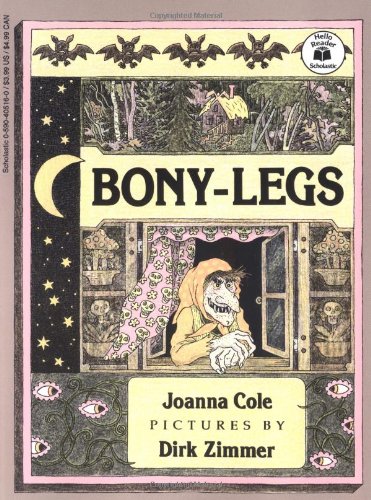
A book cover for Bony-Legs; Joanna Cole; Children's Books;